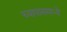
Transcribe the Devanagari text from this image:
च्यापासमध्ये